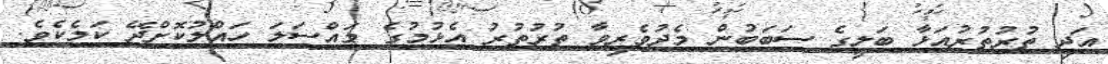
އަދި ތުރުތުރުއަޅާ ބަލީގެ ސަބަބުން މެދުވެރިވާ ތުރުތުރު އެޅުމުގެ މައްސަލަ ހައްލުކޮށްދޭ ކަމެކެވެ.